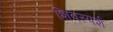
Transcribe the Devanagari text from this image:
शिवस्पर्श